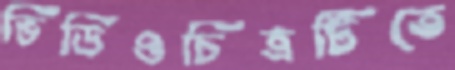
ভিডিওচিত্রটিতে